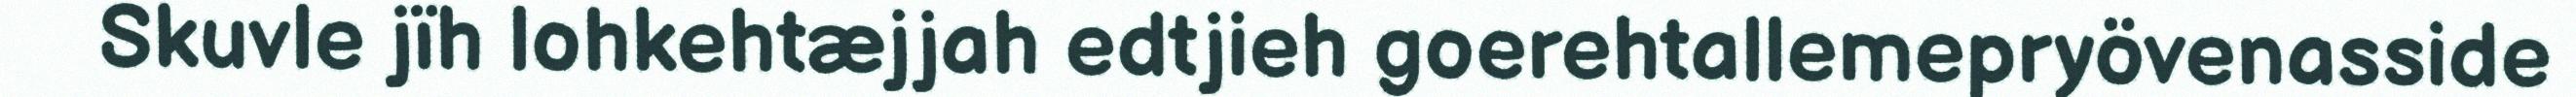
Skuvle jïh lohkehtæjjah edtjieh goerehtallemepryövenasside